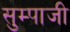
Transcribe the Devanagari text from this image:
सुम्पाजी